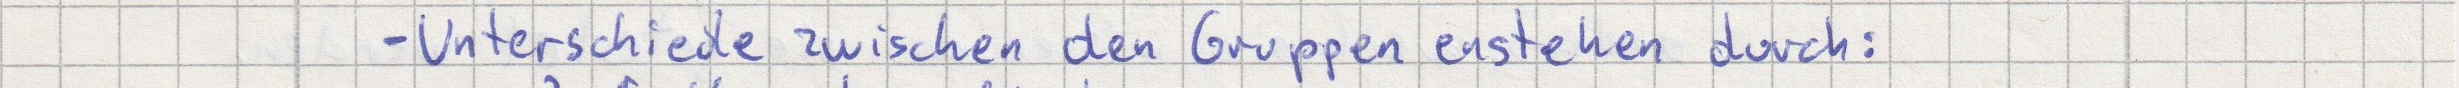
- Unterschiede zwischen den Gruppen entstehen durch: